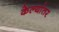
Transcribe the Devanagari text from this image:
केल्यांतर